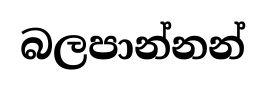
බලපාන්නන්